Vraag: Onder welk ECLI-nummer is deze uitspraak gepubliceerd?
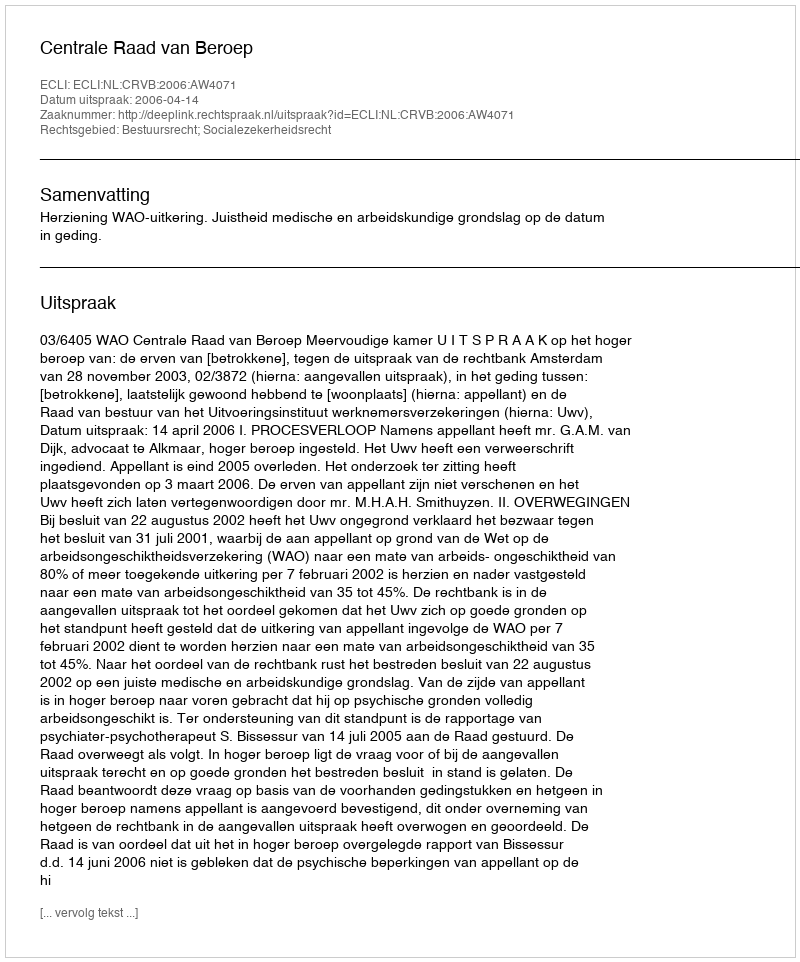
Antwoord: ECLI:NL:CRVB:2006:AW4071